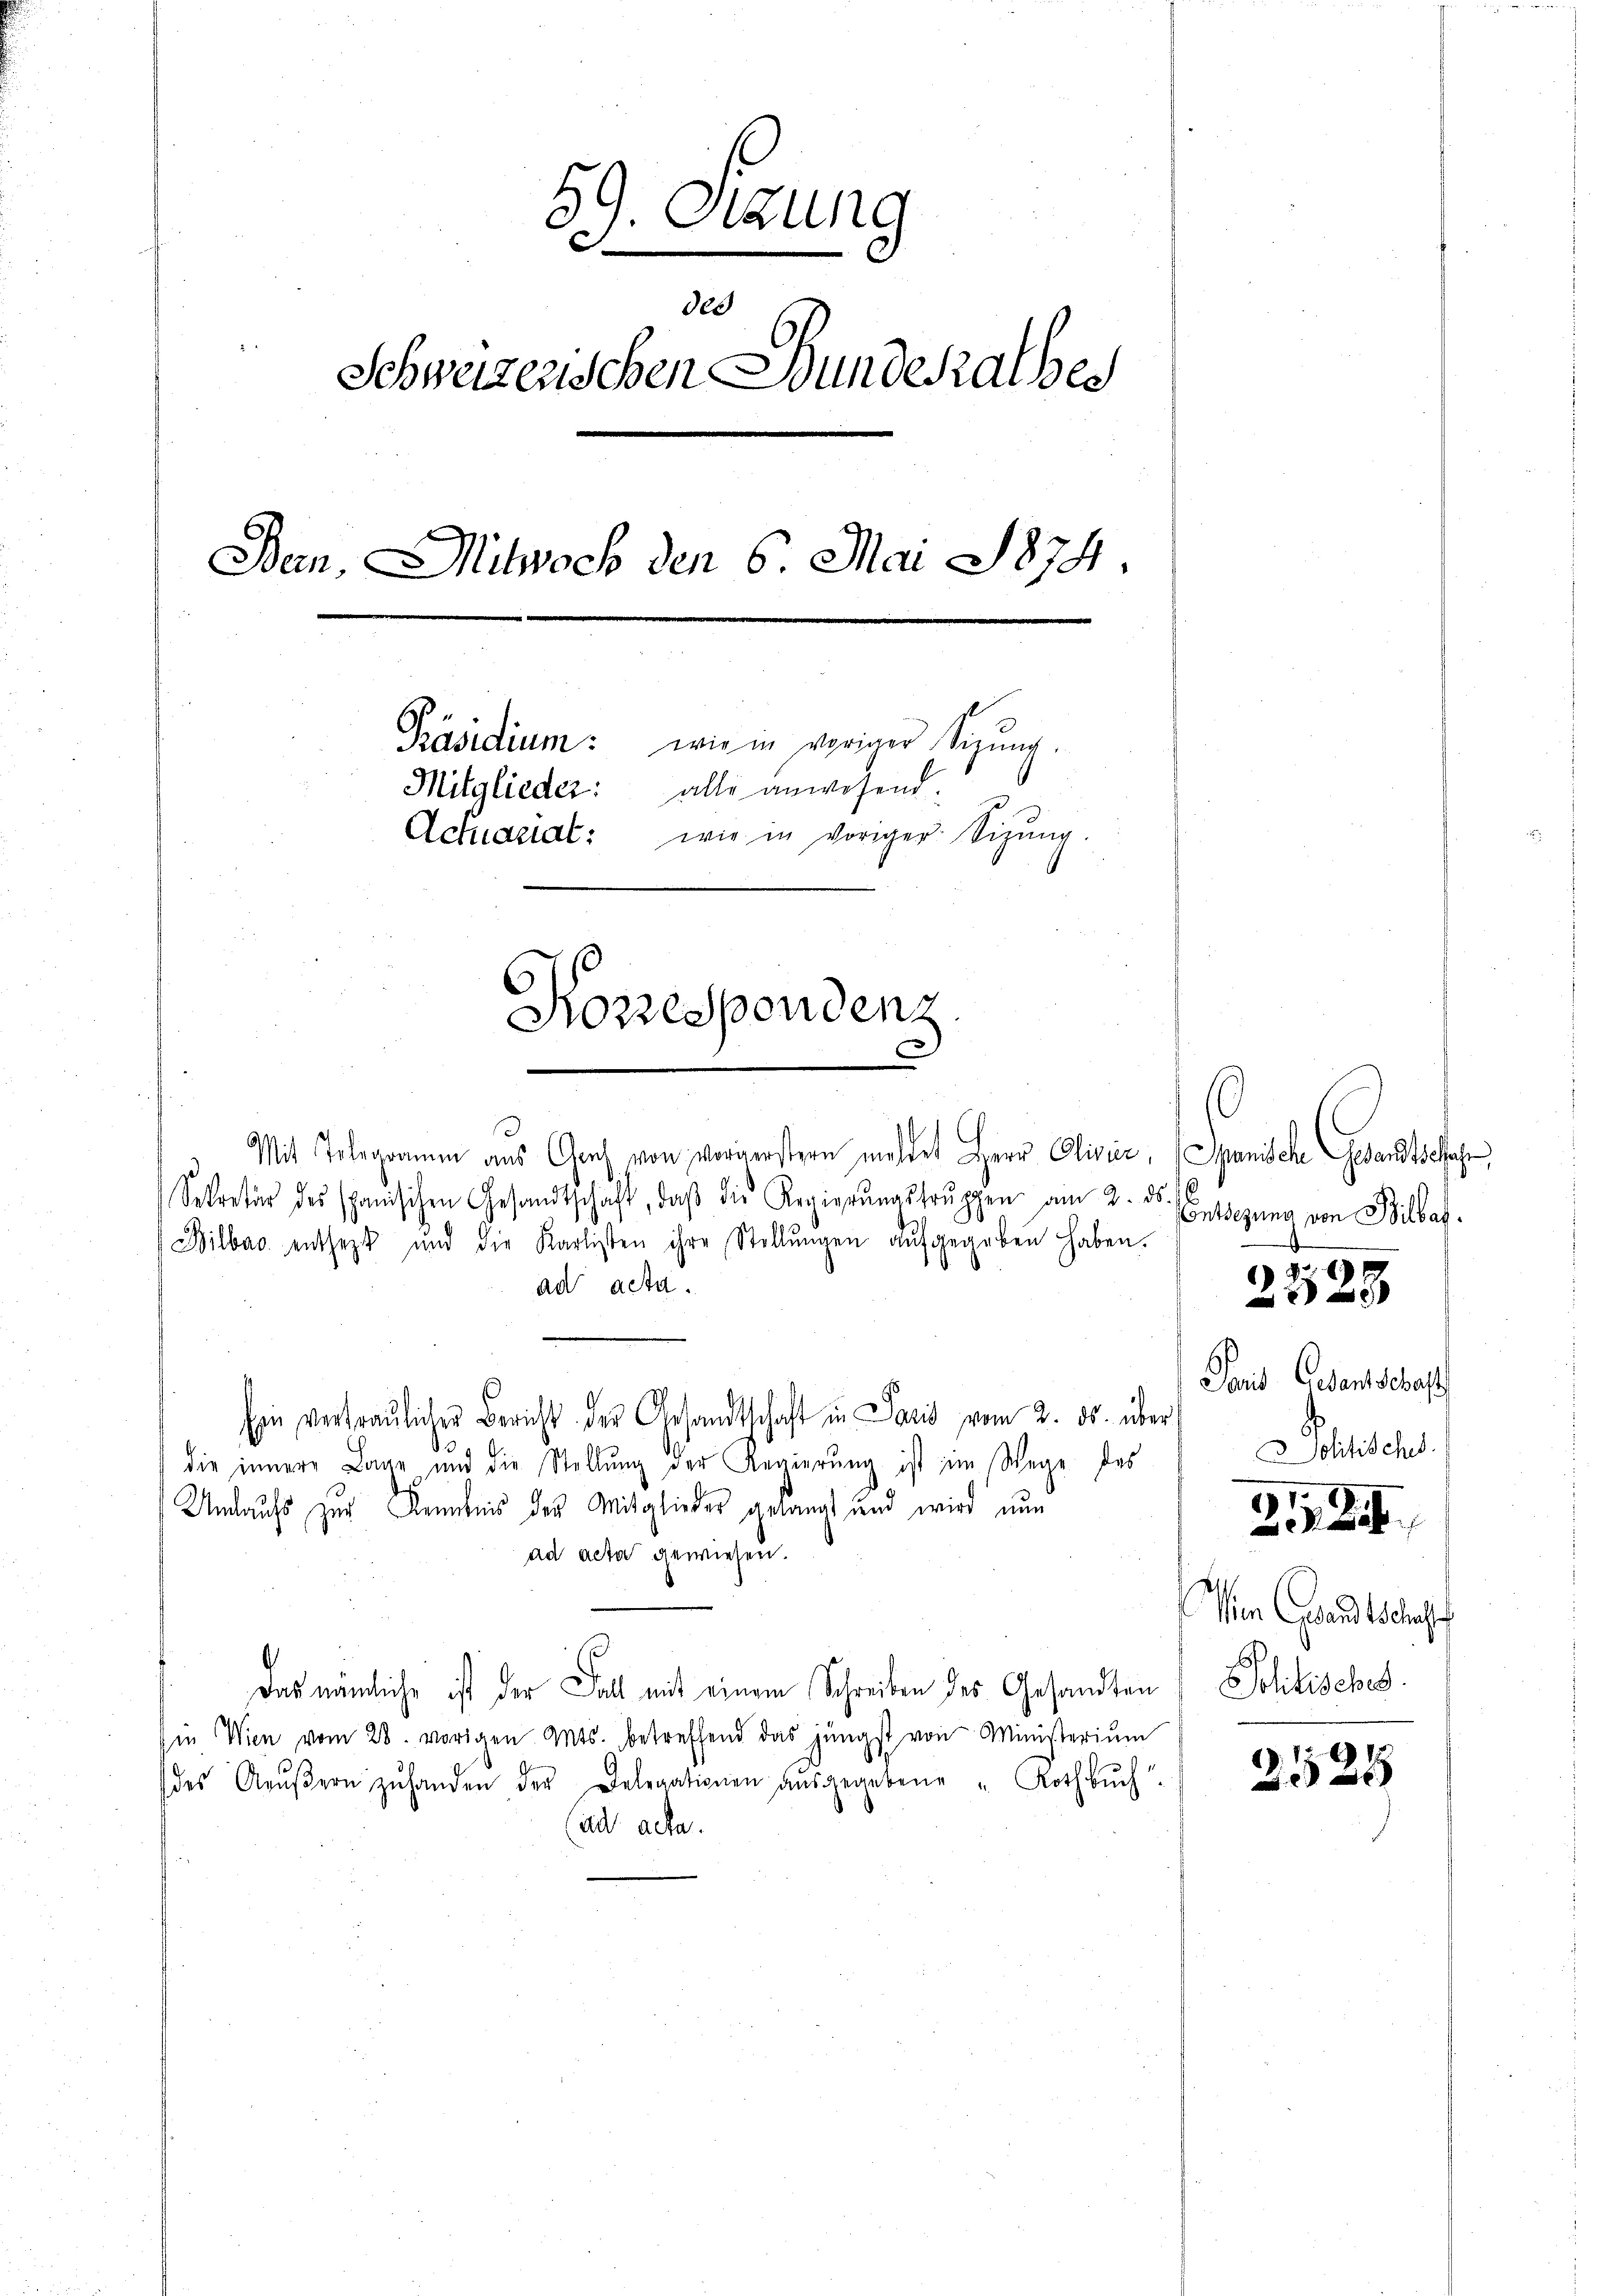
59. Sitzung
des
Schweizerischen Bunde halber
Ban, Mitwoch den 6. Mai 1874.
Präsidium: wie in voriger Sigŭng.
alle anwesend.
Mitglieder:
Actuariat: wie in voriger Sigŭng.
Konzespondenz

Mit Telegramm aus Graz von vorgerstern meldet Herr Clivier, Spanische Gesandtschaf
Sekretär des spanischen Gesandtschaft, daβ die Regierŭngsfrŭppen am 2. ds.
Bilbar entsetzt und die Karlisten ihre Stellŭngen aŭfgegeben haben.
ad acta.
Ein vertraulicher Bericht der Gesandtschaft in Paris vom 2. ds. über
die innere Lage und die Stellŭng der Regierung ist im Wege des
Umlaufs zur Kenntnis der Mitglieder gelangt und wird nun
ad acta gewiesen.
Das nämliche ist der Fall mit einem Schreiben des Gesandten, Politisches
in Wien vom 28. vorigen Mts. betreffend das jüngst von Ministeriŭm
des Aŭβern zŭ handen der Delegationen aŭsgegebene "Rothbŭch
(ad acta.

Contezung von Bilbar.

Paris Gedantschaft
olitischs.

2528

31801.

Rechten

sen Gesandtschaft

1. 1791.